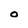
Character: 0